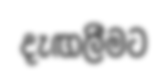
දැඟලීමට